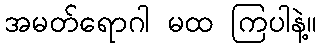
အမတ်ရောဂါ မထ ကြပါနဲ့။